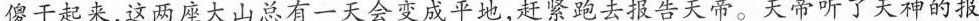
傻干起来，这两座大山总有一天会变成平地，赶紧跑去报告天帝。天帝听了天神的报